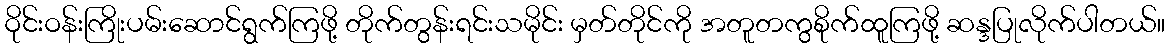
ဝိုင်းဝန်းကြိုးပမ်းဆောင်ရွက်ကြဖို့ တိုက်တွန်းရင်းသမိုင်း မှတ်တိုင်ကို အတူတကွစိုက်ထူကြဖို့ ဆန္ဒပြုလိုက်ပါတယ်။